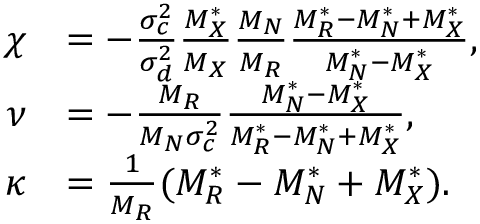
\begin{array} { r l } { \chi } & { = - \frac { \sigma _ { c } ^ { 2 } } { \sigma _ { d } ^ { 2 } } \frac { M _ { X } ^ { * } } { M _ { X } } \frac { M _ { N } } { M _ { R } } \frac { M _ { R } ^ { * } - M _ { N } ^ { * } + M _ { X } ^ { * } } { M _ { N } ^ { * } - M _ { X } ^ { * } } , } \\ { \nu } & { = - \frac { M _ { R } } { M _ { N } \sigma _ { c } ^ { 2 } } \frac { M _ { N } ^ { * } - M _ { X } ^ { * } } { M _ { R } ^ { * } - M _ { N } ^ { * } + M _ { X } ^ { * } } , } \\ { \kappa } & { = \frac { 1 } { M _ { R } } ( M _ { R } ^ { * } - M _ { N } ^ { * } + M _ { X } ^ { * } ) . } \end{array}